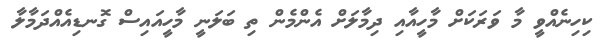
ކިހިނެއްވީ މާ ވަރަކަށް މާހީއާއި ދިމާލަށް އެންމެން ތި ބަލަނީ މާހީއައިސް ގޮނޑިއެއްދަމާލާ